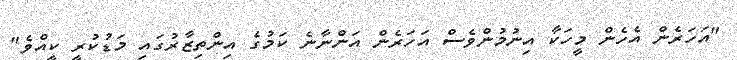
"އަހަރެން އެހެން މީހަކާ އިނުމުންވެސް އަހަރެން އަންނާނެ ކަމުގެ އިންތިޒާރުގައި މަޑުކުރީ ކީއްވެ"